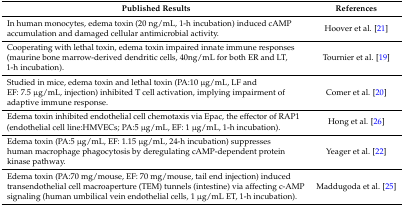
| Published Results | References |
 | --- | --- |
 | In human monocytes, edema toxin (20 ng/mL, 1-h incubation) induced cAMP accumulation and damaged cellular antimicrobial activity. | Hoover et al. [21] |
 | Cooperating with lethal toxin, edema toxin impaired innate immune responses (maurine bone marrow-derived dendritic cells, 40ng/mL for both ER and LT, 1-h incubation). | Tournier et al. [19] |
 | Studied in mice, edema toxin and lethal toxin (PA:10 μg/mL, LF and EF: 7.5 μg/mL, injection) inhibited T cell activation, implying impairment of adaptive immune response. | Comer et al. [20] |
 | Edema toxin inhibited endothelial cell chemotaxis via Epac, the effector of RAP1 (endothelial cell line:HMVECs; PA:5 μg/mL, EF: 1 μg/mL, 1-h incubation). | Hong et al. [26] |
 | Edema toxin (PA:5 μg/mL, EF: 1.15 μg/mL, 24-h incubation) suppresses human macrophage phagocytosis by deregulating cAMP-dependent protein kinase pathway. | Yeager et al. [22] |
 | Edema toxin (PA:70 mg/mouse, EF: 70 mg/mouse, tail end injection) induced transendothelial cell macroaperture (TEM) tunnels (intestine) via affecting c-AMP signaling (human umbilical vein endothelial cells, 1 μg/mL ET, 1-h incubation). | Maddugoda et al. [25] |